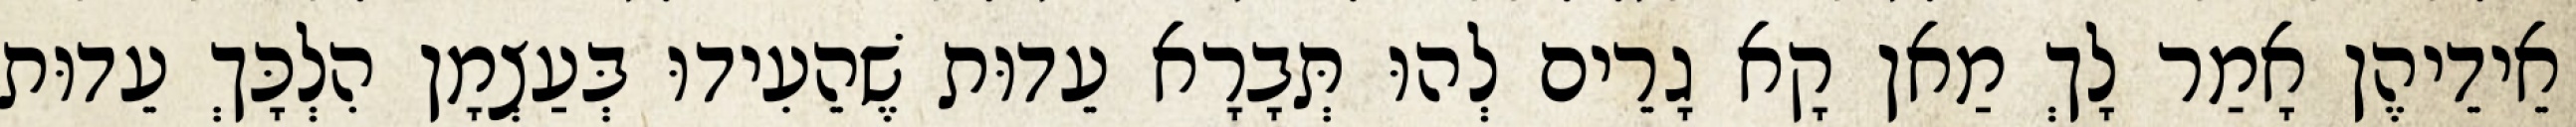
אֵידֵיהֶן אָמַר לָךְ מַאן קָא גָרֵים לְהוּ תְּבָרָא עֵדוּת שֶׁהֵעִידוּ בְּעַצְמָן הִלְכָּךְ עֵדוּת